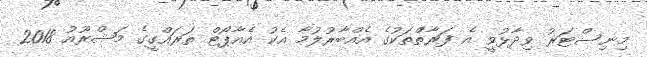
މިނިސްޓަރު ވިދާޅުވީ އެ ފަރާތްތަކުގެ އެއްބާރުލުމާ އެކު އެއާޕޯޓް ތަރައްގީގެ މަޝްރޫއު 2018